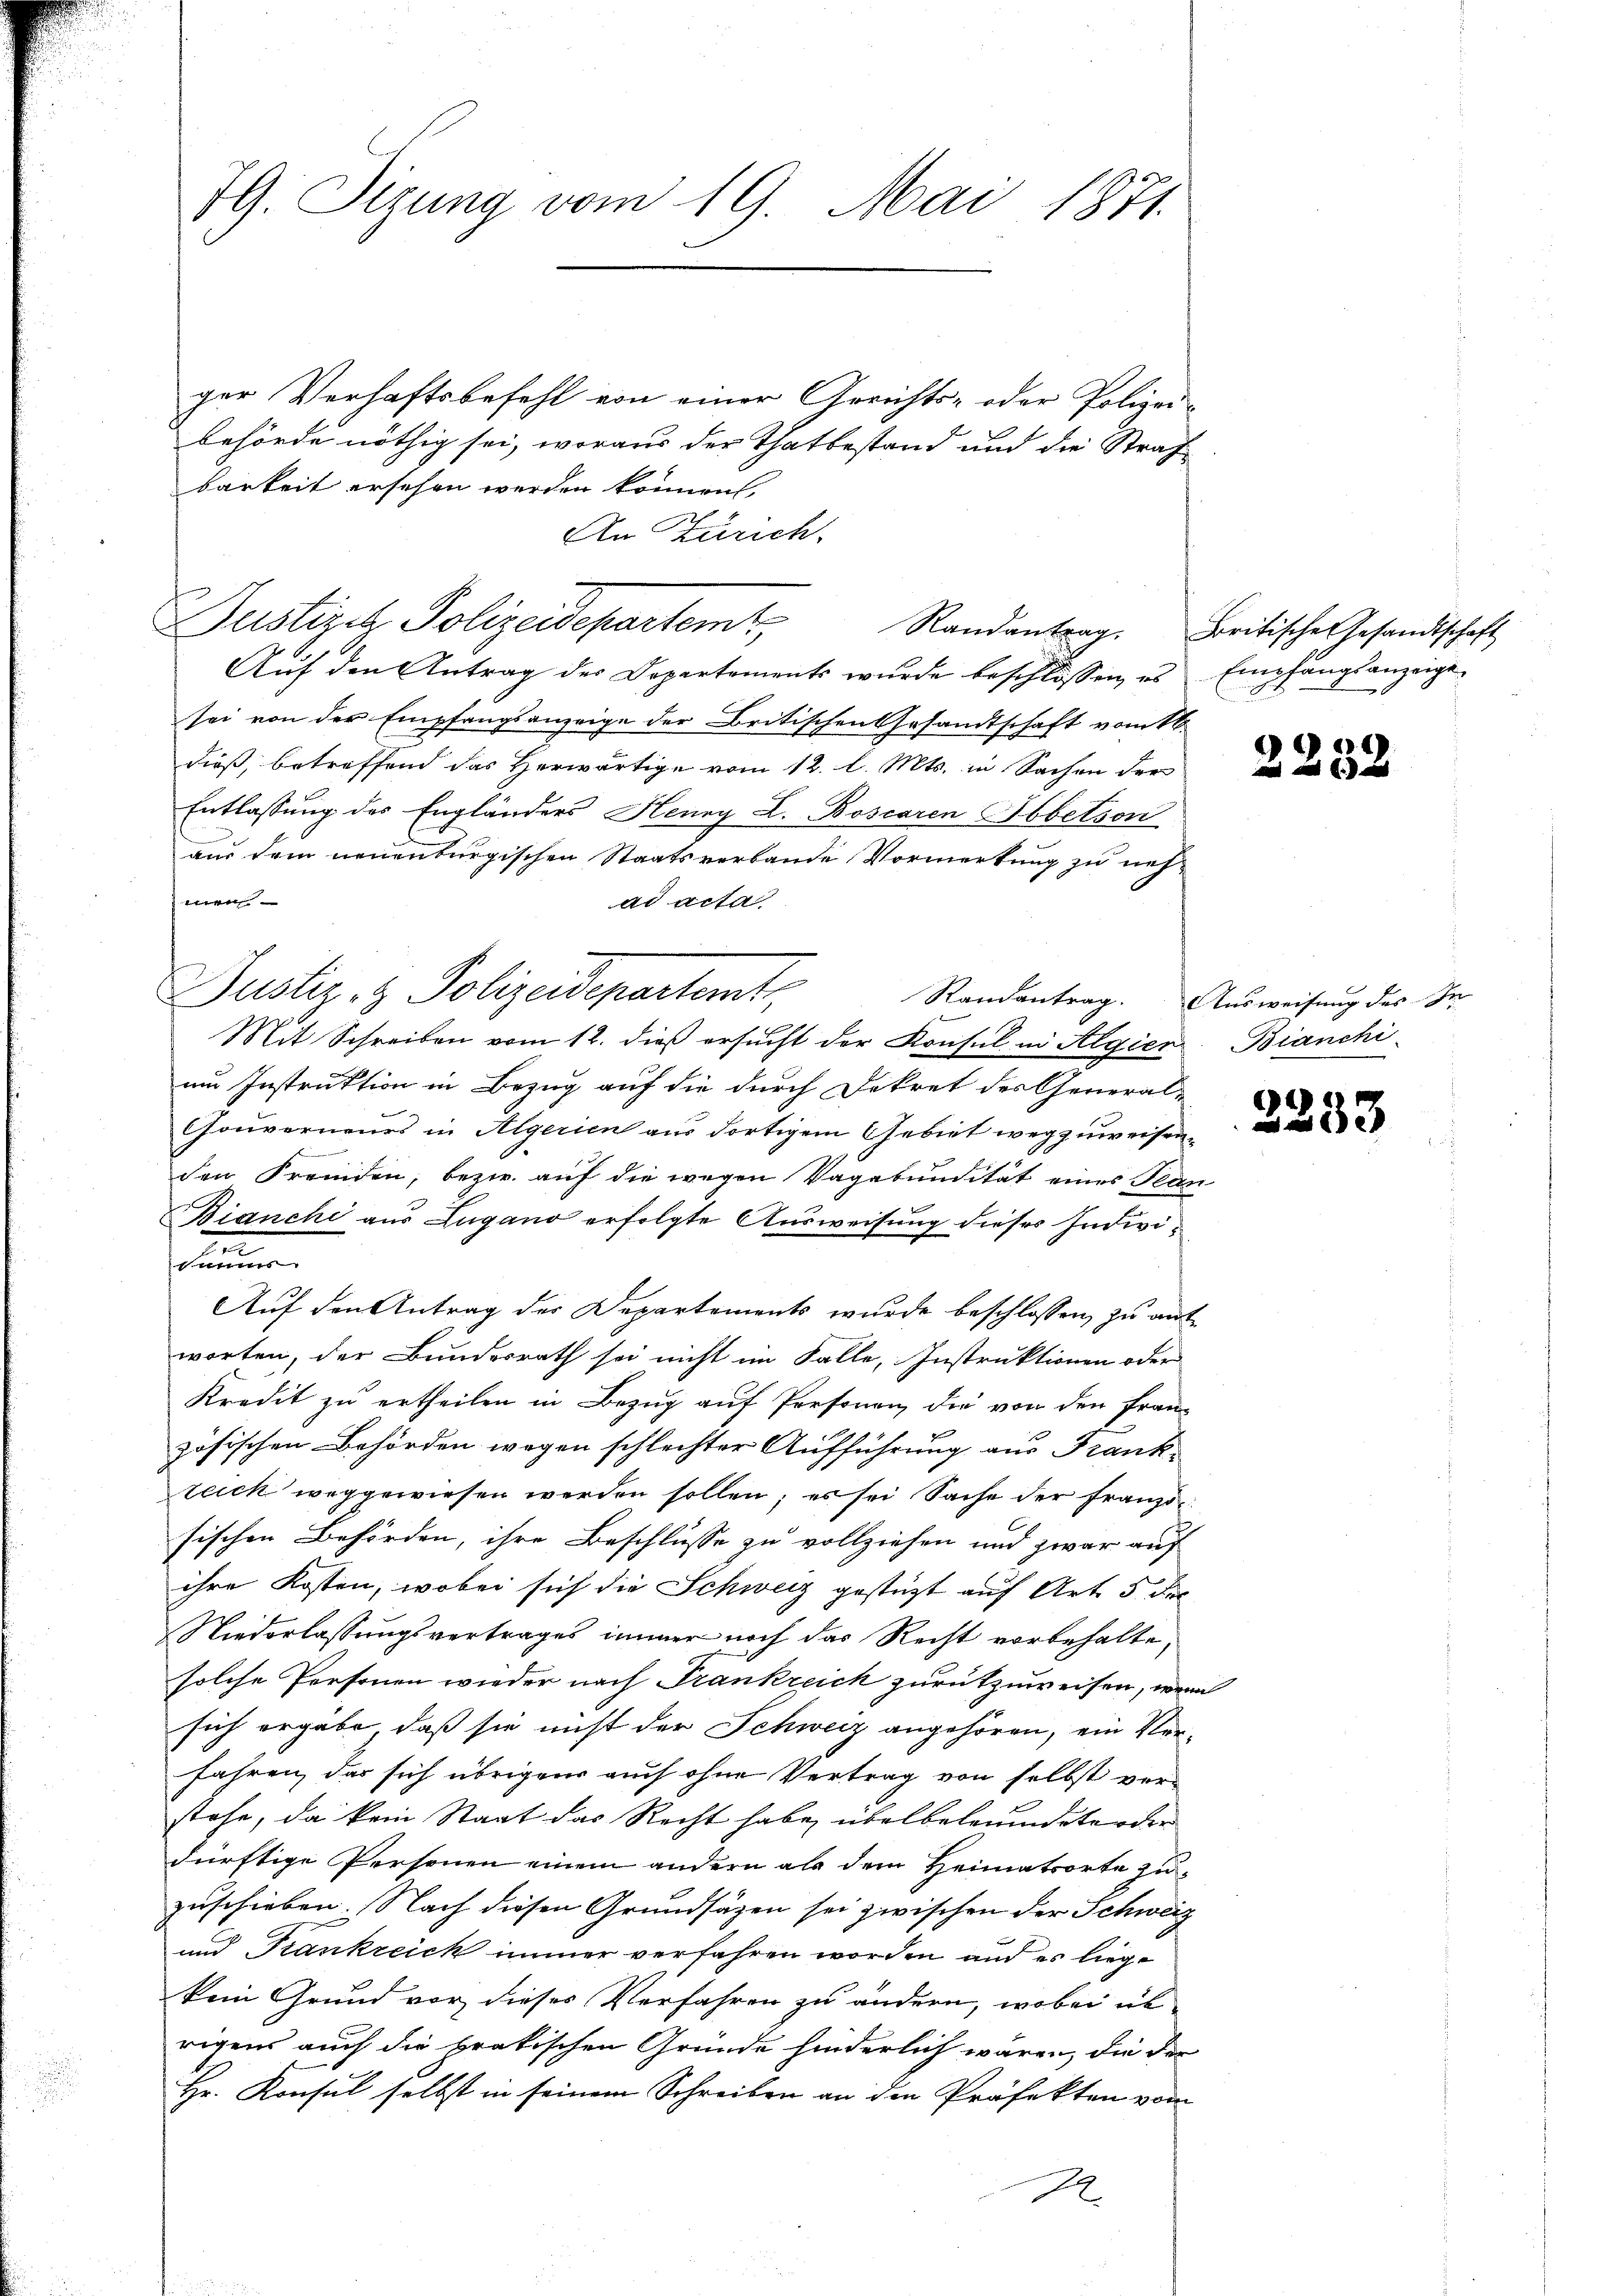
79. Sizung vom 19. Mai 1871.

ger Verhaftsbefehl von einer Gerichts- oder Polizei-
behörde nöthig sei, woraus der Thatbestand und die Straf-
barkeit ersehen werden können,
An Zürich.
Justizit Polizeidepartemt,
Auf den Antrag des Departements wurde beschlossen, es
sei von der Empfangsanzeige der Britischen Gesandtschaft vom 16.
dieß, betreffend das Herwärtige vom 12. l. Mts. in Sachen der
Entlassung des Engländers Henry L. Boscaren Abbetson
aus dem neuenburgischen Staatsverbande Vormerkung zu neh-
men
ad acta
Mit Schreiben vom 12. dieß ersucht der Konsul in Algien Bianchium Instruktion in Bezug auf die durch Dekret des General-
Couverneurs in Algerien aus dortigem Gebiet wegzuweisenden Fremden, bezw. auf die wegen Vagabundität eines Tean
Bianche aus Lugano erfolgte Ausweisung dieses Indivin
dauer
Auf den Antrag der Departements wurde beschlossen, zu ausworten, der Bundesrath sei nicht im Falle, Instruktionen oder
Kredit zu ertheilen in Bezug auf Personen die von den Frauzösischen Behörden wegen schlechter Aufführung aus Frank-
teick weggewiesen werden sollen; es sei Sache der Franzosischen Behörden, ihre Beschlüsse zu vollziehen und zwar auf
ihre Kosten, wobei sich die Schweiz gestüzt auf Art. 5 die
Niederlassungsvertrages immer noch das Recht vorbehalte,
solche Personen wieder nach Trankreich zurükzuweisen, wenn
sich ergäbe, daß sie nicht der Schweiz angehören, ein Verfahren, das sich übrigen auch ohne Vertrag von selbst verstehe, da kein Staat das Recht habe, übelbeleumdeter der
dürftige Personen einem andern als dem Heimatsorte zuzuschieben. Nach diesen Grundsätzen sei zwischen der Schweiz
und Krankreich immer verfahren worden und es liege
kein Grund vor dieses Verfahren zu ändern, wobei üb
rigens auch die pratischen Gründe hinderlich wären, die der
Hr. Konsul selbst in seinem Schreiben an den Präfekten vom

Justiz- & Polizeidepartemt Randantrag. Ausweisung des Ver¬

2

Randantrag. Britische Gesandtschaft
Empfangsanzeige.

2232

3333